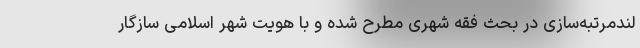
لندمرتبه‌سازی در بحث فقه شهری مطرح شده و با هویت شهر اسلامی سازگار